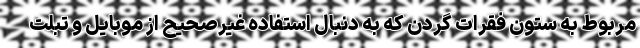
مربوط به ستون فقرات گردن که به دنبال استفاده غیرصحیح از موبایل و تبلت